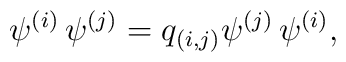
\psi^{(i)} \, \psi^{(j)} = q_{(i,j)} \psi^{(j)} \, \psi^{(i)},